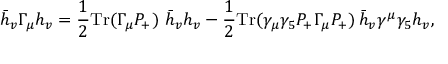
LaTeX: \bar { h } _ { v } \Gamma _ { \mu } h _ { v } = \frac { 1 } { 2 } \mathrm { T r } ( \Gamma _ { \mu } P _ { + } ) \ \bar { h } _ { v } h _ { v } - \frac { 1 } { 2 } \mathrm { T r } ( \gamma _ { \mu } \gamma _ { 5 } P _ { + } \Gamma _ { \mu } P _ { + } ) \, \bar { h } _ { v } \gamma ^ { \mu } \gamma _ { 5 } h _ { v } ,